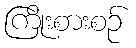
ကြိုးစားစဉ်